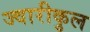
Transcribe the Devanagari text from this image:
ज्वारीकुल